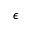
\epsilon